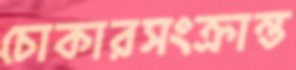
চোকারসংক্রান্ত